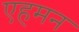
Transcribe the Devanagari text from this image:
एहमन